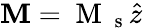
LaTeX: \boldsymbol{\mathbf{M}}=\mathrm{~M~}_{\mathrm{~s~}}\hat{z}